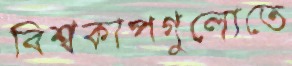
বিশ্বকাপগুলোতে